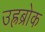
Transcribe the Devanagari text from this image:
उह्रब्रोक